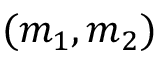
( m _ { 1 } , m _ { 2 } )